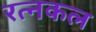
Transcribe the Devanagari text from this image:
रत्नकल